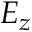
E _ { z }